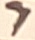
Text: 7